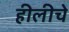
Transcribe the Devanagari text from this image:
हीलीचे